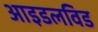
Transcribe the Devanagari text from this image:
आइडलविड